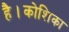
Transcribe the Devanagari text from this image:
है।कोशिका